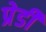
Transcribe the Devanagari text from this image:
प्रेडी